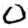
Digit: 0